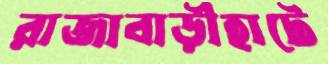
রাজাবাড়ীহাটে